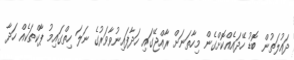
ދައުލަތުން ބޮޑު ހޭދައެއްކޮށްގެން މިހާތަނަށް ރާއްޖޭގައި ހަދާފައިނުވާވަރުގެ ނަލަ ހިތްގައިމު ޕާކްތަކެއް ހަދާ